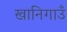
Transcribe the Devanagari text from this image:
खानिगाउँ